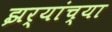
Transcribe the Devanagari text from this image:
झर्‍यांच्या